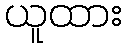
ယူထား